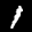
Label: 1